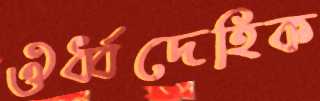
ঔর্ধ্বদেহিক